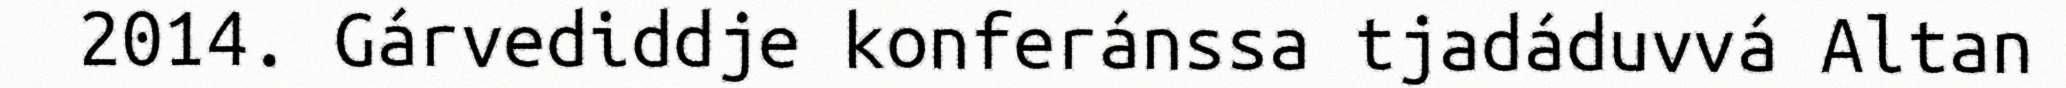
2014. Gárvediddje konferánssa tjadáduvvá Altan